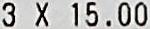
3 X 15.00